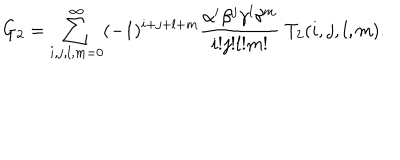
LaTeX: G _ { 2 } = \sum _ { i , j , l , m = 0 } ^ { \infty } ( - 1 ) ^ { i + j + l + m } \frac { \alpha ^ { i } \beta ^ { j } \gamma ^ { l } \delta ^ { m } } { i ! j ! l ! m ! } \; T _ { 2 } ( i , j , l , m ) .